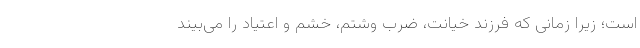
است؛ زیرا زمانی که فرزند خیانت، ضرب وشتم، خشم و اعتیاد را می‌بیند